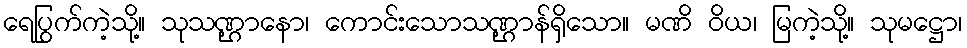
ရေပြွက်ကဲ့သို့။ သုသဏ္ဌာနော၊ ကောင်းသောသဏ္ဌာန်ရှိသော။ မဏိ ဝိယ၊ မြကဲ့သို့။ သုမဋ္ဌော၊